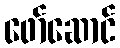
ဖော်ဆောင်